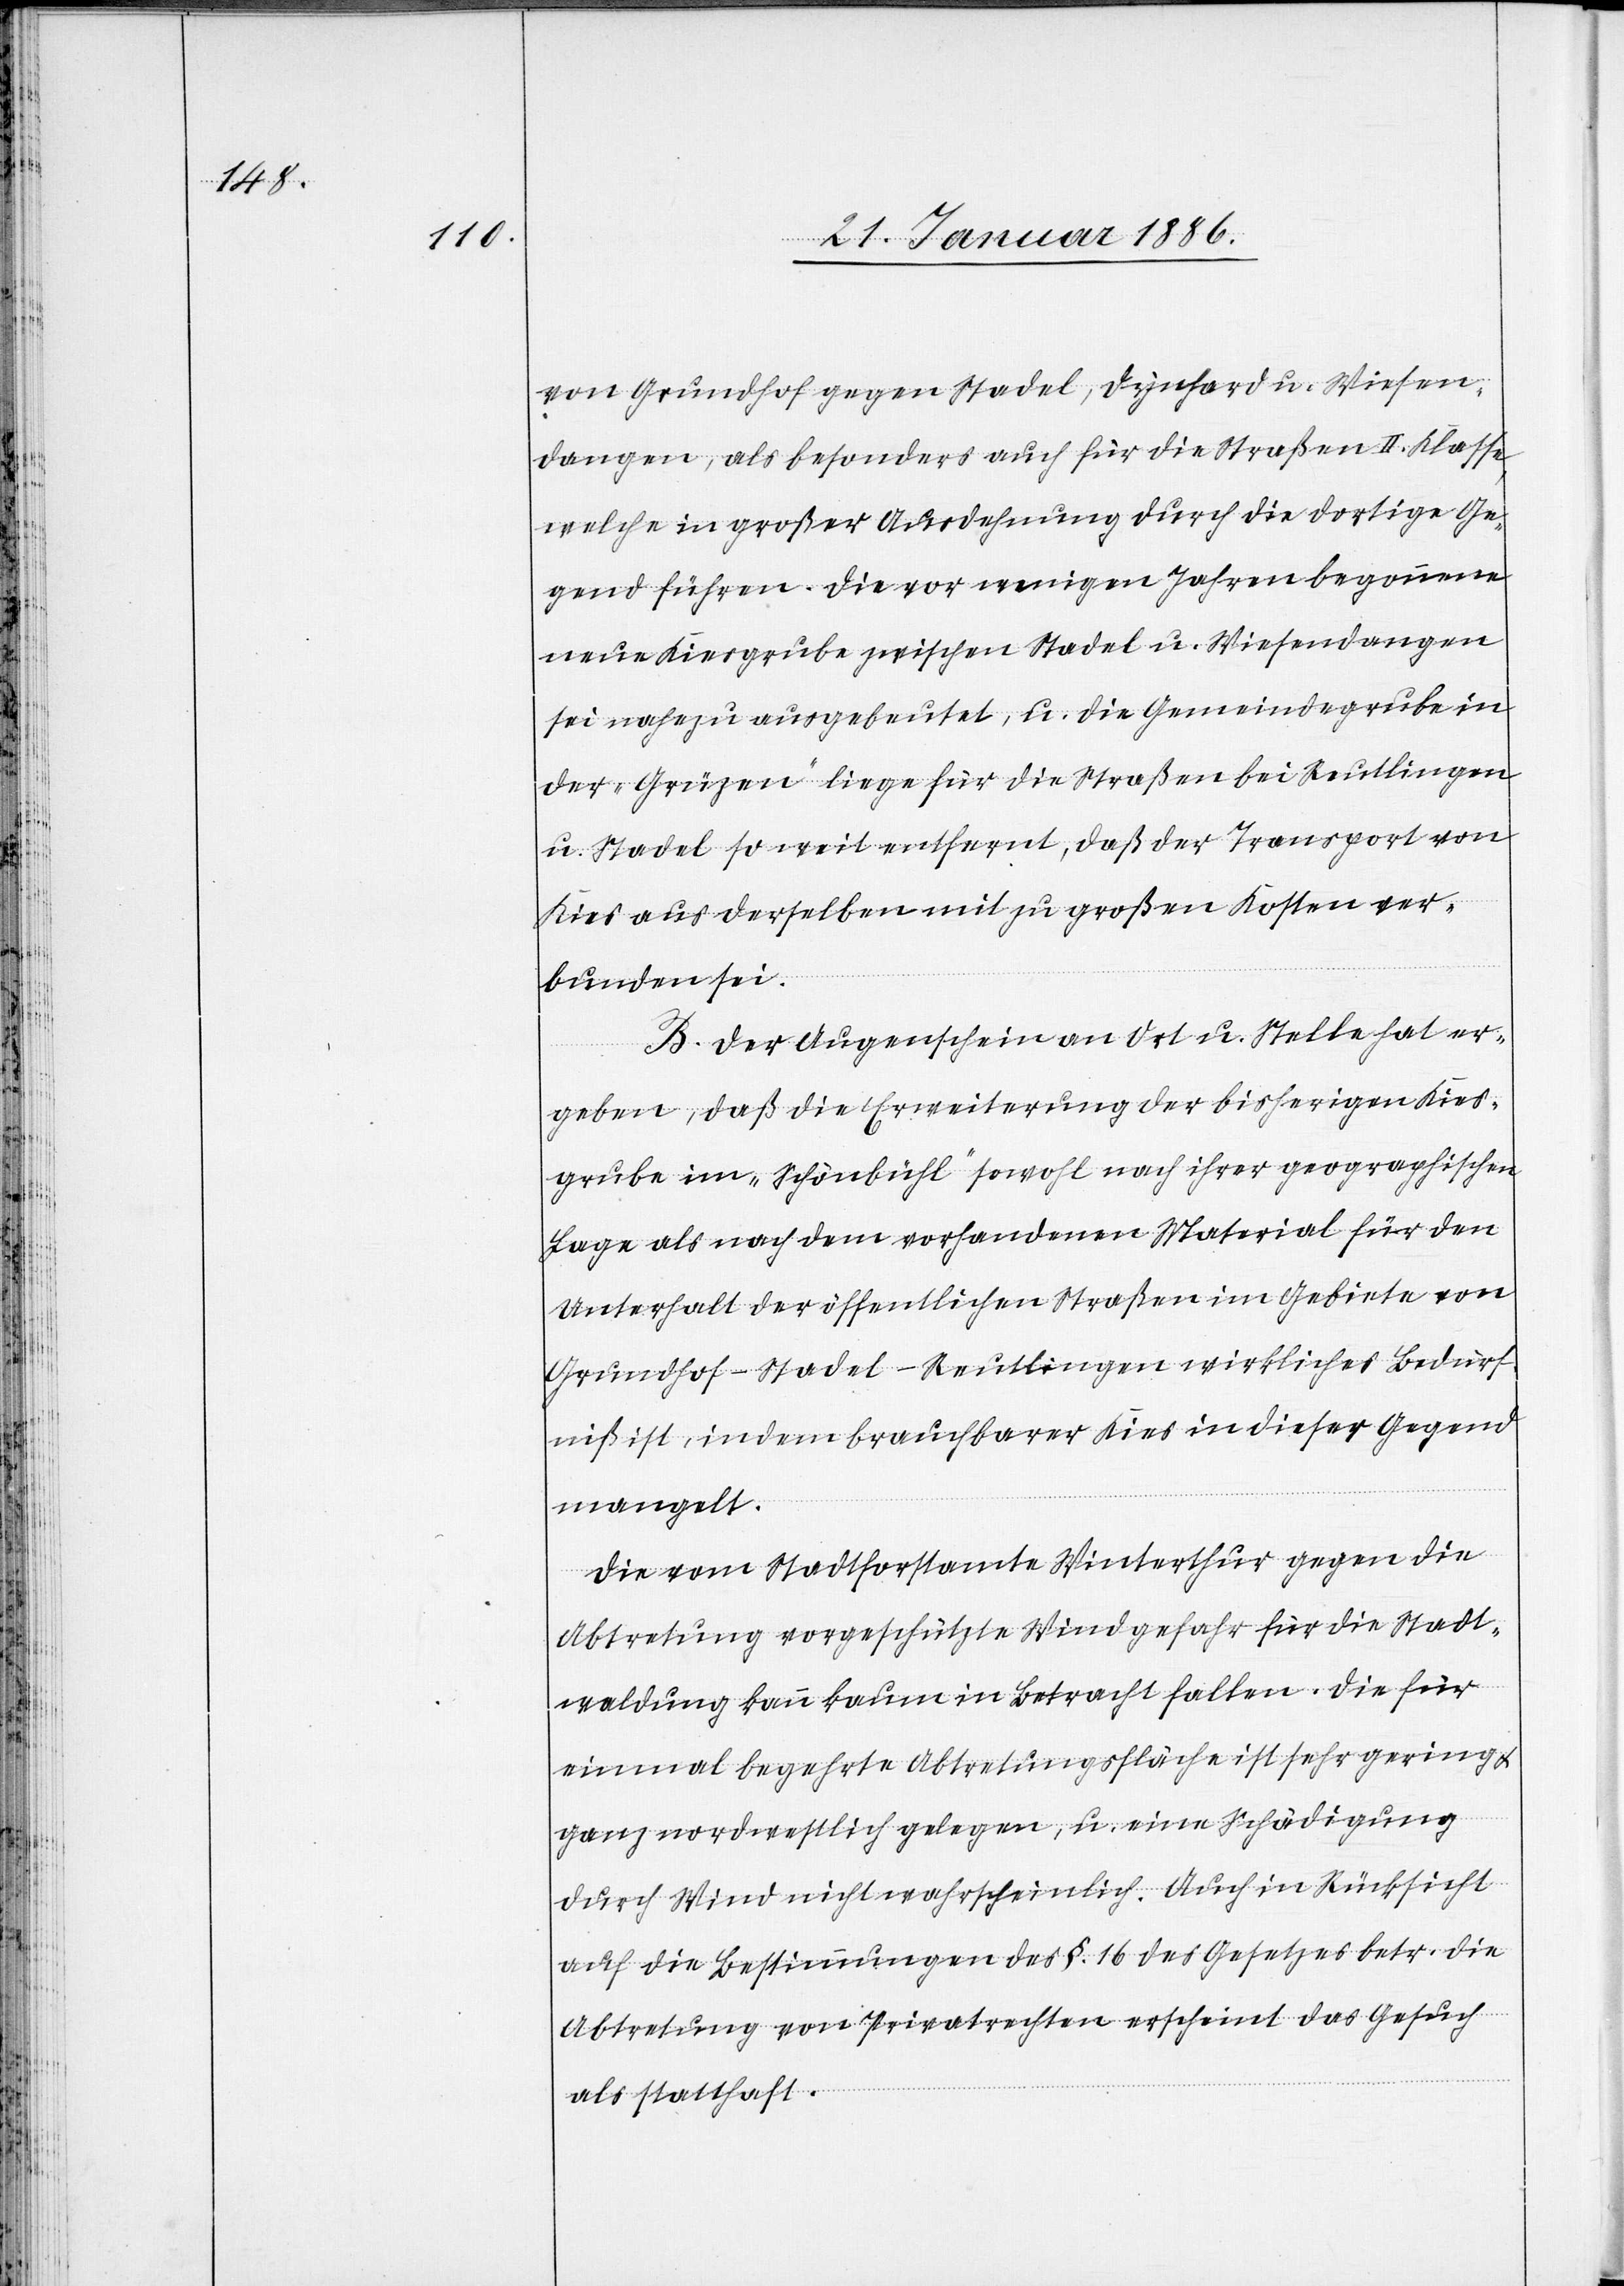
von Grundhof gegen Stadel, Dynhard u. Wiesen¬
dangen, als besonders auch für die Straßen II. Klasse
welche in großer Ausdehnung durch die dortige Ge¬
gend führe. Die vor wenigen Jahren begonnene
neue Kiesgrube zwischen Stadel u. Wiesendangen
sei nahezu ausgebeutet, u. die Gemeindegrube in
der „Grüzen“ liege für die Straße bei Reutlingen
u. Stadel so weit entfernt, daß der Transport von
Kies aus derselben mit zu großen Kosten ver¬
bunden sei.
B. Der Augenschein an Ort u. Stelle hat er¬
geben, daß die Erweiterung der bisherigen Kies¬
grube im „Schöhnbühl“ sowol nach ihrer geographischen
Lage als nach dem vorhandenen Material für den
Unterhalt der öffentlichen Straßen im Gebiete von
Grundhof–Stadel–Reutlingen wirkliches Bedürf¬
niß ist, indem brauchbarer Kies in dieser Gegend
mangelt.
Die vom Stadtforstamte Winterthur gegen die
Abtretung vorgeschützte Windgefahr für die Stadt¬
waldung kann kaum in Betracht fallen. Die für
einmal begehrte Abtretungsfläche ist sehr gering
ganz nordwestlich gelegen, u. eine Schädigung
durch Wind nicht wahrscheinlich. Auch in Rücksicht
auf die Bestimmungen des §. 16 des Gesetzes betr. die
Abtretung von Privatrechten erscheint das Gesuch
als statthaft.